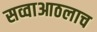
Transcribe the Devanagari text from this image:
सव्वाआठलाच